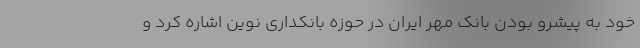
خود به پیشرو بودن بانک مهر ایران در حوزه بانکداری نوین اشاره کرد و